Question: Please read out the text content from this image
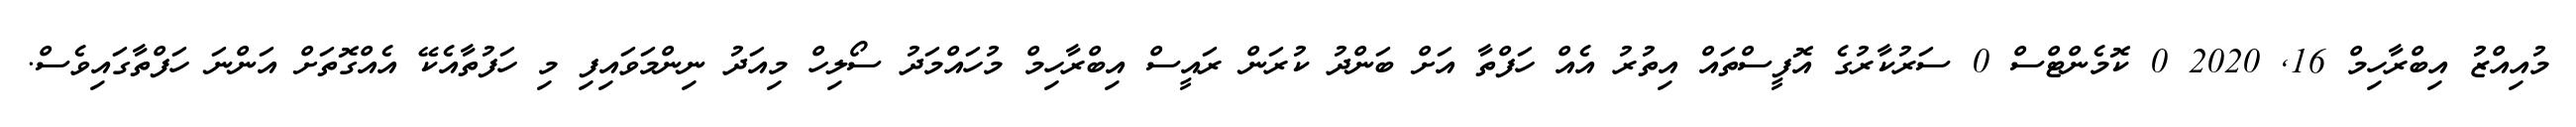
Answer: މުއިއްޒު އިބްރާހިމް 16, 2020 0 ކޮމެންޓްސް 0 ސަރުކާރުގެ އޮފީސްތައް އިތުރު އެއް ހަފްތާ އަށް ބަންދު ކުރަން ރައީސް އިބްރާހިމް މުހައްމަދު ސޯލިހް މިއަދު ނިންމަވައިފި މި ހަފުތާއެކޭ އެއްގޮތަށް އަންނަ ހަފްތާގައިވެސް.